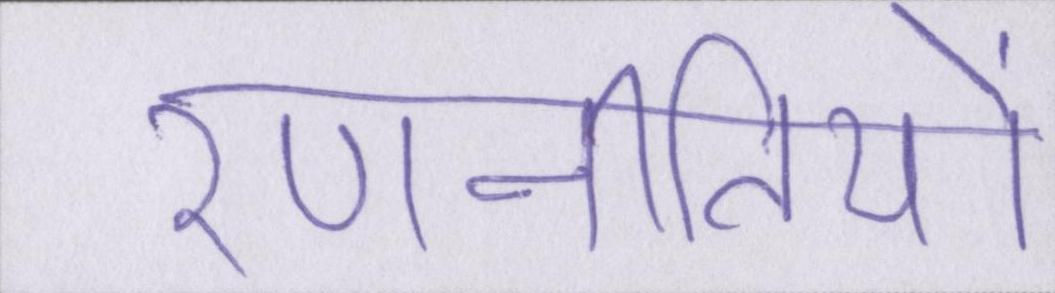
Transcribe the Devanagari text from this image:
रणनीतियों